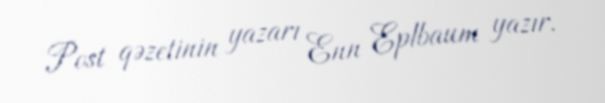
Post qəzetinin yazarı Enn Eplbaum yazır.